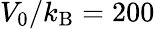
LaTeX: V_{0}/k_{\mathrm{B}}=200